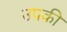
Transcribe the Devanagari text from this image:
उपकी